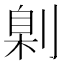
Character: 㓷